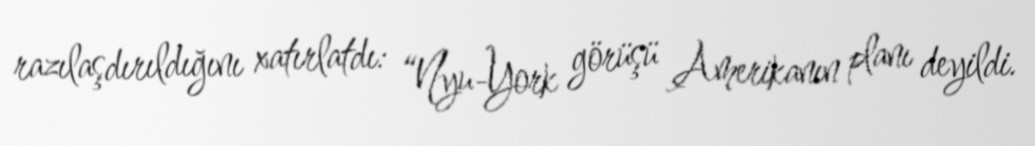
razılaşdırıldığını xatırlatdı: “Nyu-York görüşü Amerikanın planı deyildi.